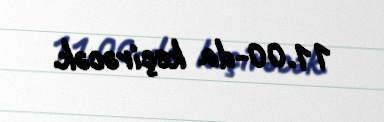
11.00-da keçirəcək.